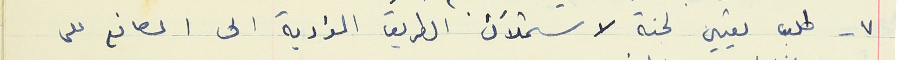
٧- طلب تعيين لجنة لاستملاك الطريق المؤدية الى المصانع على